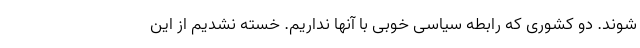
شوند. دو کشوری که رابطه سیاسی خوبی با آنها نداریم. خسته نشدیم از این